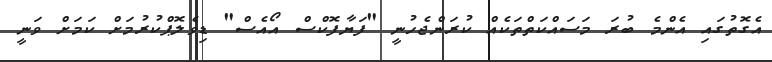
އެގޮތުގައި އެންމެ ބުރަ މަސައްކަތްތަކެއް ކުރަންޖެހުނީ "ފަޔާފޮކްސް އޯއެސް" ޑިވެލޮޕްކުރުމަށް ކަމަށް ވަނީ